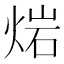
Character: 𤊤